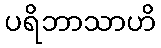
ပရိဘာသာဟိ